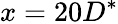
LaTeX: x=20D^{*}